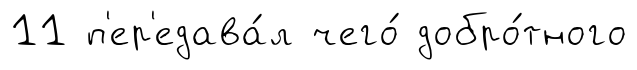
11 п'ер'едава́л чего́ добро́тного